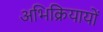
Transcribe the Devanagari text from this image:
अभिक्रियायों